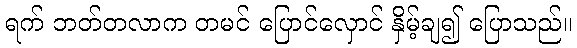
ရက် ဘတ်တလာက တမင် ပြောင်လှောင် နှိမ့်ချ၍ ပြောသည်။